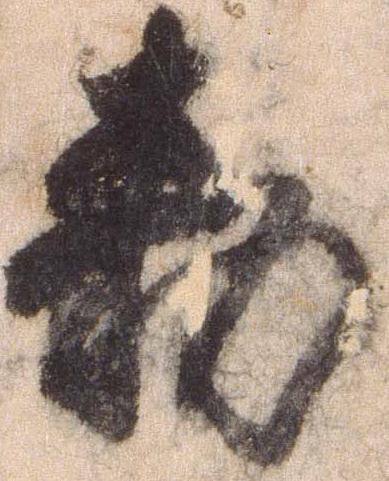
勅